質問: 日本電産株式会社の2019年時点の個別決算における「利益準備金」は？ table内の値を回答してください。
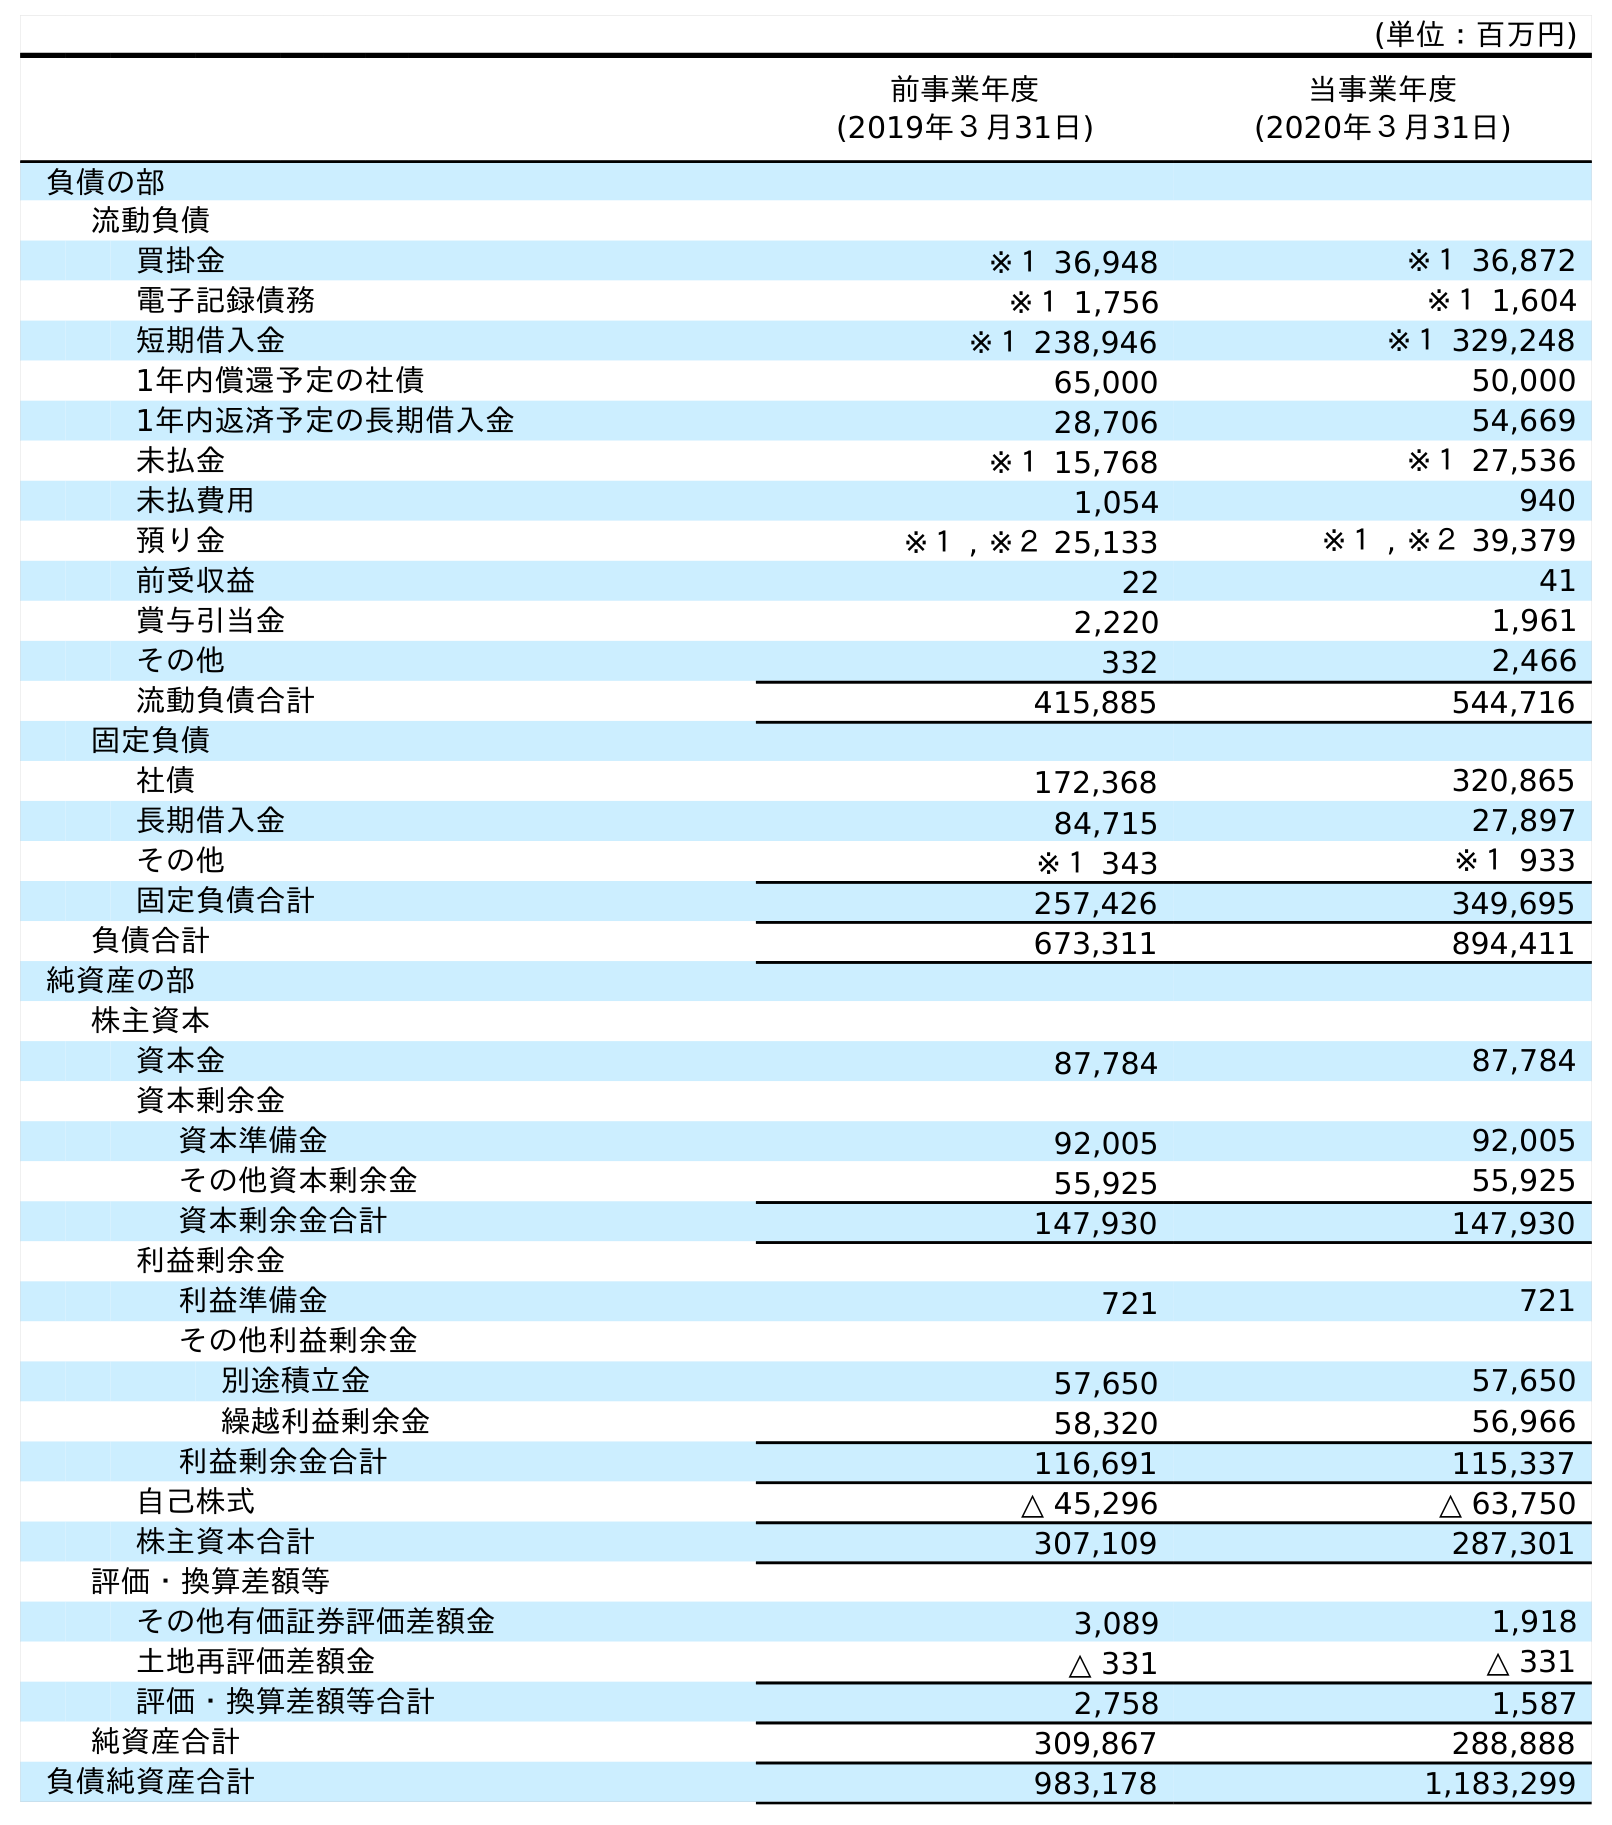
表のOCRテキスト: (単位：百万円) 前事業年度 (2019年３月31日) 当事業年度 (2020年３月31日) 負債の部 流動負債 買掛金 ※１ 36,948 ※１ 36,872 電子記録債務 ※１ 1,756 ※１ 1,604 短期借入金 ※１ 238,946 ※１ 329,248 1年内償還予定の社債 65,000 50,000 1年内返済予定の長期借入金 28,706 54,669 未払金 ※１ 15,768 ※１ 27,536 未払費用 1,054 940 預り金 ※１ , ※２ 25,133 ※１ , ※２ 39,379 前受収益 22 41 賞与引当金 2,220 1,961 その他 332 2,466 流動負債合計 415,885 544,716 固定負債 社債 172,368 320,865 長期借入金 84,715 27,897 その他 ※１ 343 ※１ 933 固定負債合計 257,426 349,695 負債合計 673,311 894,411 純資産の部 株主資本 資本金 87,784 87,784 資本剰余金 資本準備金 92,005 92,005 その他資本剰余金 55,925 55,925 資本剰余金合計 147,930 147,930 利益剰余金 利益準備金 721 721 その他利益剰余金 別途積立金 57,650 57,650 繰越利益剰余金 58,320 56,966 利益剰余金合計 116,691 115,337 自己株式 △ 45,296 △ 63,750 株主資本合計 307,109 287,301 評価・換算差額等 その他有価証券評価差額金 3,089 1,918 土地再評価差額金 △ 331 △ 331 評価・換算差額等合計 2,758 1,587 純資産合計 309,867 288,888 負債純資産合計 983,178 1,183,299
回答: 721